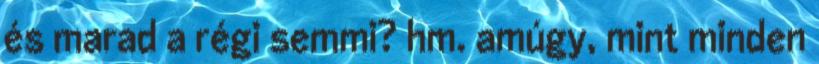
és marad a régi semmi? hm. amúgy, mint minden